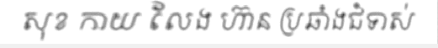
សុខ កាយ លែង ហ៊ាន ប្រឆាំងជំទាស់